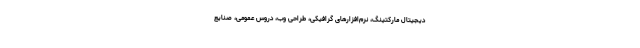
دیجیتال مارکتینگ، نرم‌افزارهای گرافیکی، طراحی وب، دروس عمومی، صنایع